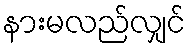
နားမလည်လျှင်